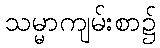
သမ္မာကျမ်းစာ၌